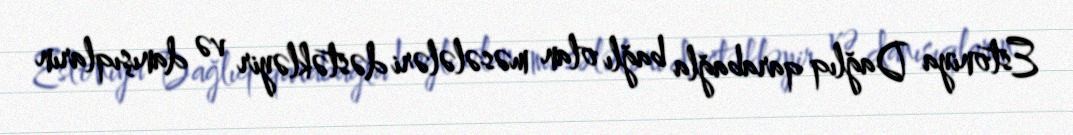
Estoniya Dağlıq qarabağla bağlı olan məsələləri dəstəkləyir və danışıqların